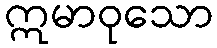
ဣမာဝုသော